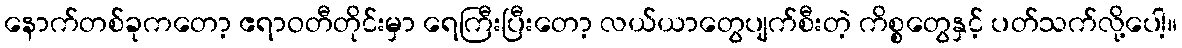
နောက်တစ်ခုကတော့ ဧရာဝတီတိုင်းမှာ ရေကြီးပြီးတော့ လယ်ယာတွေပျက်စီးတဲ့ ကိစ္စတွေနှင့် ပတ်သက်လို့ပေါ့။